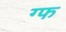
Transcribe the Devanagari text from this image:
ग्फ